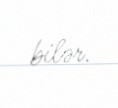
bilər.